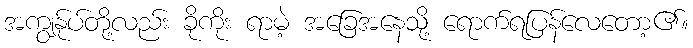
အကျွန်ုပ်တို့လည်း ခိုကိုး ရာမဲ့ အခြေအနေသို့ ရောက်ရပြန်လေတော့၏။